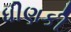
ધીણકી